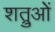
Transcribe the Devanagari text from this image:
शत्रुओें